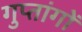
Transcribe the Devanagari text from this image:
गुप्‍तांगों